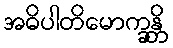
အဓိပါတိမောက္ခန္တိ